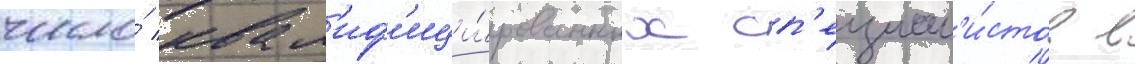
число́ квал'иф'ици́рованных сп'ециал'и́стов в